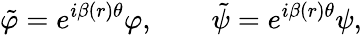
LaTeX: \tilde{\varphi}=e^{i\beta(r)\theta}\varphi,\qquad\tilde{\psi}=e^{i\beta(r)\theta}\psi,